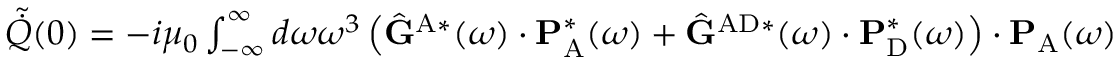
\begin{array} { r } { \tilde { \dot { Q } } ( 0 ) = - i \mu _ { 0 } \int _ { - \infty } ^ { \infty } d \omega \omega ^ { 3 } \left( \hat { \mathbf { G } } ^ { \mathrm { A } * } ( \omega ) \cdot \mathbf { P } _ { \mathrm { A } } ^ { * } ( \omega ) + \hat { \mathbf { G } } ^ { \mathrm { A D } * } ( \omega ) \cdot \mathbf { P } _ { \mathrm { D } } ^ { * } ( \omega ) \right) \cdot \mathbf { P } _ { \mathrm { A } } ( \omega ) } \end{array}